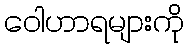
ဝေါဟာရများကို